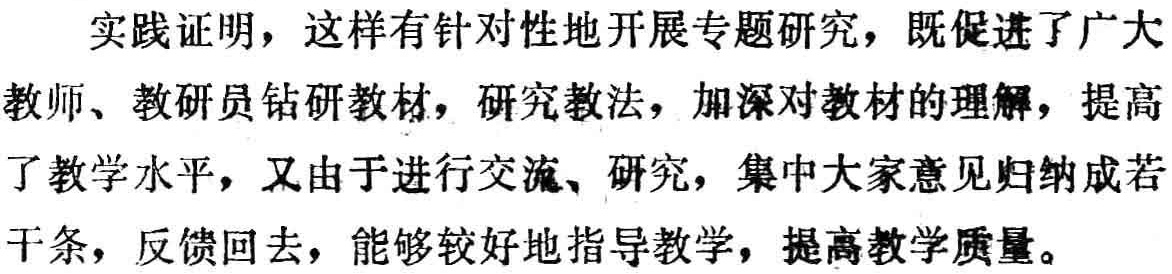
实践证明，这样有针对性地开展专题研究，既促进了广大教师、教研员钻研教材，研究教法，加深对教材的理解，提高了教学水平，又由于进行交流、研究，集中大家意见归纳成若干条，反馈回去，能够较好地指导教学，提高教学质量。